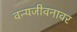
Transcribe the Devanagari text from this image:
वन्यजीवनावर